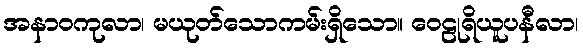
အနာဝကုလာ၊ မယုတ်သောကမ်းရှိသော။ ဝေဠုရိယူပနီလာ၊